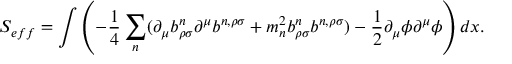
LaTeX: S _ { e f f } = \int \left( - \frac { 1 } { 4 } \sum _ { n } ( \partial _ { \mu } b _ { \rho \sigma } ^ { n } \partial ^ { \mu } b ^ { n , \rho \sigma } + { m _ { n } ^ { 2 } } b _ { \rho \sigma } ^ { n } b ^ { n , \rho \sigma } ) - \frac { 1 } { 2 } \partial _ { \mu } \phi \partial ^ { \mu } \phi \right) d x .